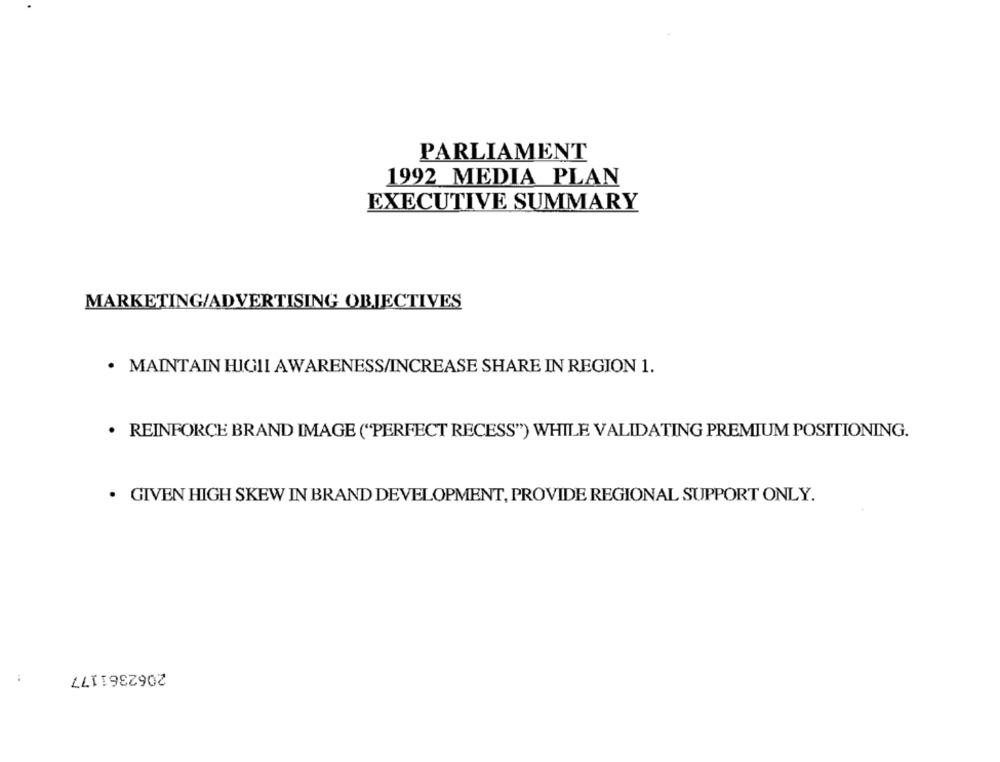
PARLIAMENT
1992 MEDIA PLAN
EXECUTIVE SUMMARY
MARKETING/ADVERTISING OBJECTIVES
MAINTAIN HIGII AWARENESS/INCREASE SHARE IN REGION 1.
REINFORCE BRAND IMAGE ("PERFECT RECESS") WHILE VALIDATING PREMIUM POSITIONING.
. GIVEN HIGH SKEW IN BRAND DEVELOPMENT, PROVIDE REGIONAL SUPPORT ONLY.
2062361177